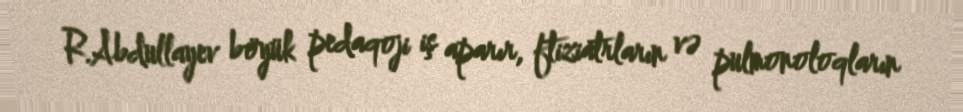
R.Abdullayev böyük pedaqoji iş aparır, ftiziatrların və pulmonoloqların